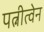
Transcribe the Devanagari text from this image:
पत्नीत्वेन